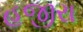
હજીરા